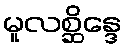
မူလစ္ဆိန္ဒေ